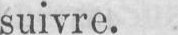
suivre.